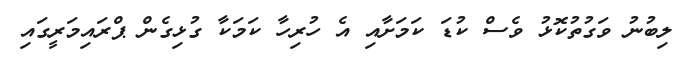
ލިބުނު ވަގުތުކޮޅު ވެސް ކުޑަ ކަމަށާއި އެ ހުރިހާ ކަމަކާ ގުޅިގެން ޕްރައިމަރީގައި